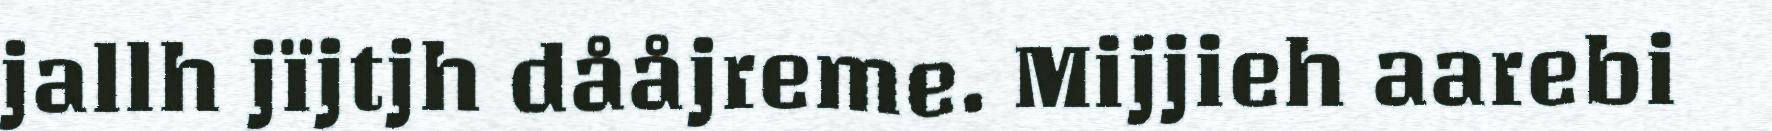
jallh jïjtjh dååjreme. Mijjieh aarebi